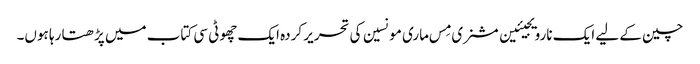
چین کے لیے ایک نارویجیئین مشنری مِس ماری مونسین کی تحریر کردہ ایک چھوٹی سی کتاب میں پڑھتا رہا ہوں۔